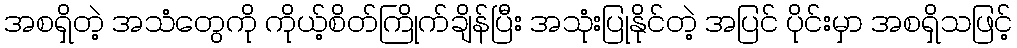
အစရှိတဲ့ အသံတွေကို ကိုယ့်စိတ်ကြိုက်ချိန်ပြီး အသုံးပြုနိုင်တဲ့ အပြင် ပိုင်းမှာ အစရှိသဖြင့်